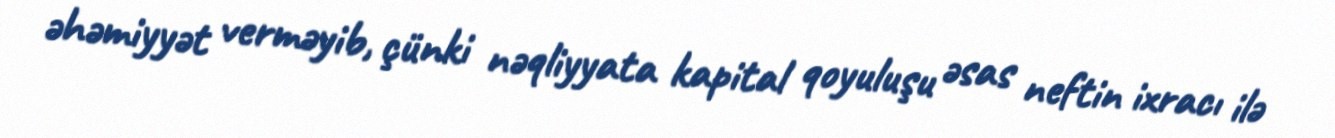
əhəmiyyət verməyib, çünki nəqliyyata kapital qoyuluşu əsas neftin ixracı ilə